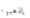
إذهبوا